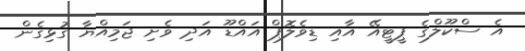
އެ ސްކޫލްގެ ޕީޓީއޭ އާއި ޑިވެލޮޕް އައްޑޫ އަދި ވެށި ޖަމިއްޔާ ގުޅިގެން